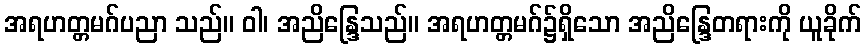
အရဟတ္တမဂ်ပညာ သည်။ ဝါ၊ အညိန္ဒြေသည်။ အရဟတ္တမဂ်၌ရှိသော အညိန္ဒြေတရားကို ယူခိုက်